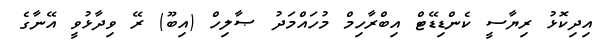
އިދިކޮޅު ރިޔާސީ ކެންޑިޑޭޓް އިބްރާހިމް މުހައްމަދު ޞާލިހް (އިބޫ) ރޭ ވިދާޅުވީ އޭނާގެ